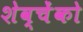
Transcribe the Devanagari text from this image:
शेव्चेंको